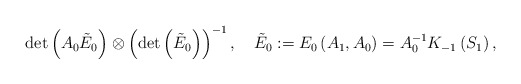
\begin{align*}\det\left(A_0\tilde{E}_0\right)\otimes\left(\det\left(\tilde{E}_0\right)\right)^{-1}, \quad\tilde{E}_0:=E_0\left(A_1,A_0\right)=A_0^{-1}K_{-1}\left(S_1\right),\end{align*}